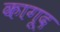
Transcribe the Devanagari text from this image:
कागूद